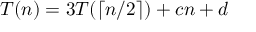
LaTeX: T ( n ) = 3 T ( \lceil n / 2 \rceil ) + c n + d